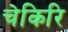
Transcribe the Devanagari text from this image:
चेकिरि